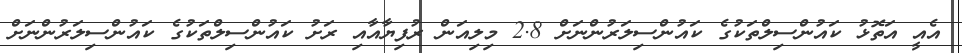
އެއީ އަތޮޅު ކައުންސިލްތަކުގެ ކައުންސިލަރުންނަށް 2.8 މިލިއަން ރުފިޔާއާއި ރަށު ކައުންސިލްތަކުގެ ކައުންސިލަރުންނަށް